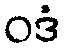
ဝဒံ